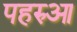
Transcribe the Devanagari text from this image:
पहरुआ